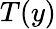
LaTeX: T(y)